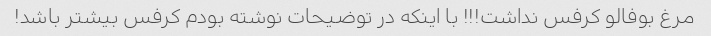
مرغ بوفالو کرفس نداشت!!! با اینکه در توضیحات نوشته بودم کرفس بیشتر باشد!